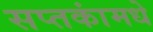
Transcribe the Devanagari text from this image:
सप्तकांमधे